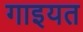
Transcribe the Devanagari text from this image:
गाइयत